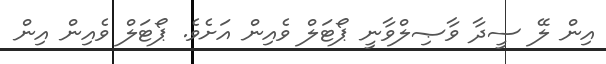
އިން ލޭ ސީދާ ވާޞިލްވާނީ ޕޯޓަލް ވެއިން އަށެވެ. ޕޯޓަލް ވެއިން އިން